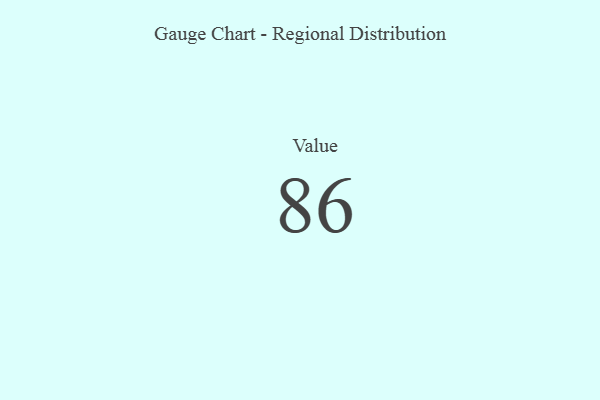
{"axis": {"x": "Metric", "y": "Value"}, "legend": [""], "data": [{"x": "Value", "y": 86, "type": ""}]}